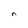
Character: n